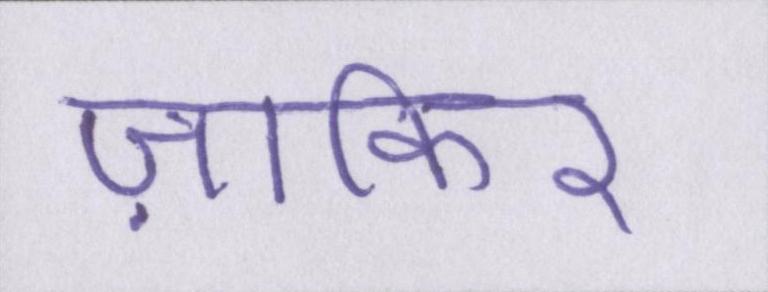
ज़ाकिर